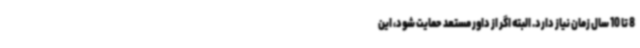
8 تا 10 سال زمان نیاز دارد. البته اگر از داور مستعد حمایت شود، این